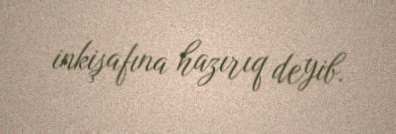
inkişafına hazırıq deyib.